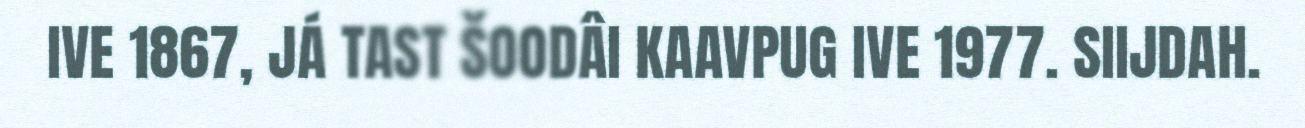
IVE 1867, JÁ TAST ŠOODÂI KAAVPUG IVE 1977. SIIJDAH.